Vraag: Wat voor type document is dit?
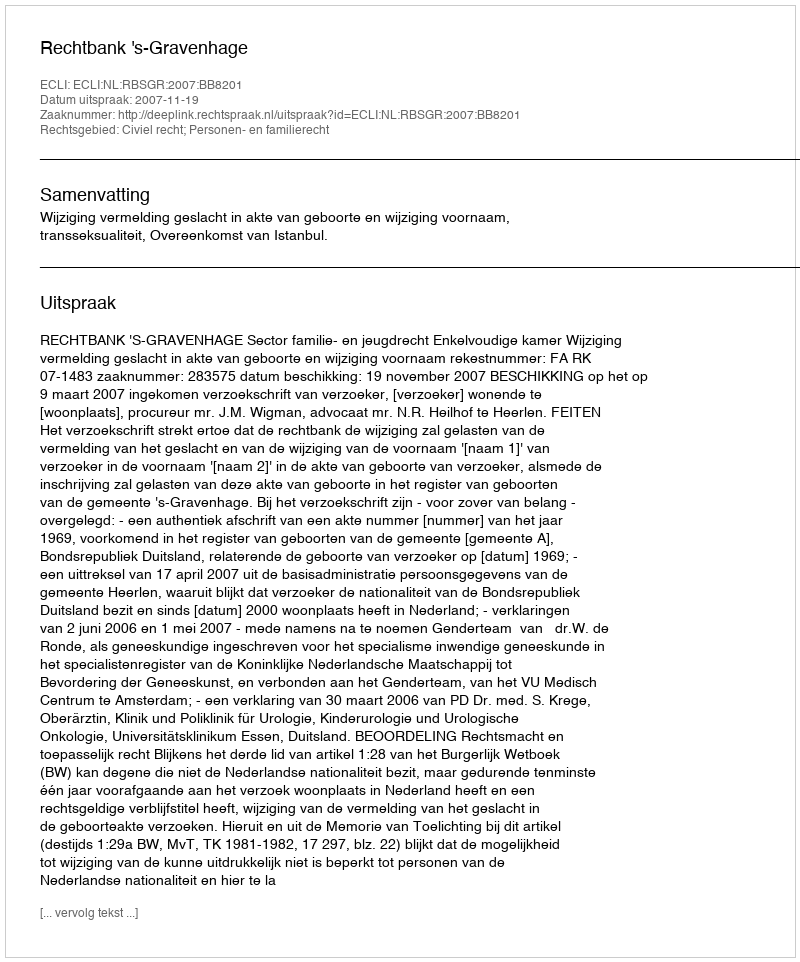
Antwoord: Uitspraak